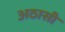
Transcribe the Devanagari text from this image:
अठासी